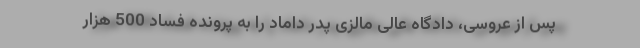
پس از عروسی، دادگاه عالی مالزی پدر داماد را به پرونده فساد 500 هزار